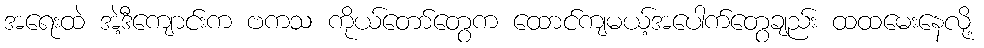
အရေးထဲ အဲ့ဒီကျောင်းက ဗကသ ကိုယ်တော်တွေက ထောင်ကျမယ့်အပေါက်တွေချည်း ထထမေးနေလို့